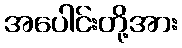
အပေါင်းတို့အား